Language: tamil
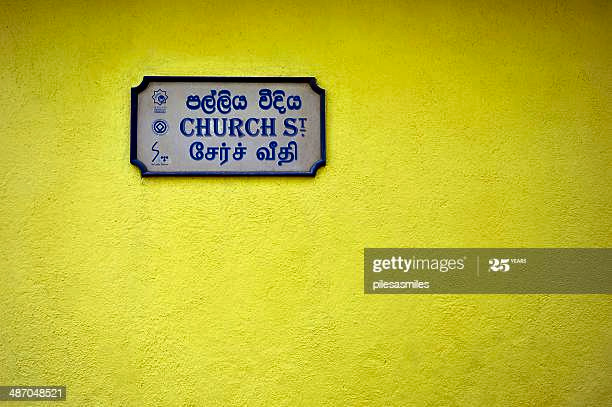
Transcription: சேர்ச் வீதி